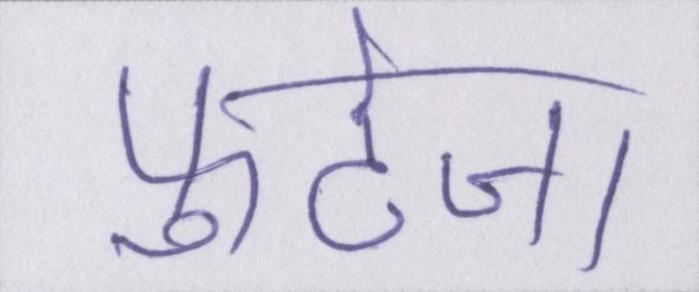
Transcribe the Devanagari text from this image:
फुटेज